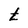
Character: a